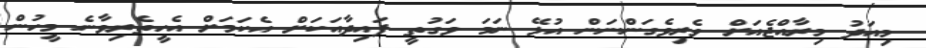
މިއަދު މިރާއްޖެއަށް ވެރިވެގަންނަން އުޅޭ ނަމަ ވަގުތީ ފައިދާއަކަށް އެކަމަށް އެހީތެރިވާނެ މީހުން